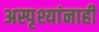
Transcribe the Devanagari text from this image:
अस्पृश्यांनाही